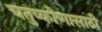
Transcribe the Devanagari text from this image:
चतुष्कोणासाठी